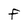
Character: F